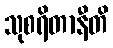
သုစရိတာနီတိ